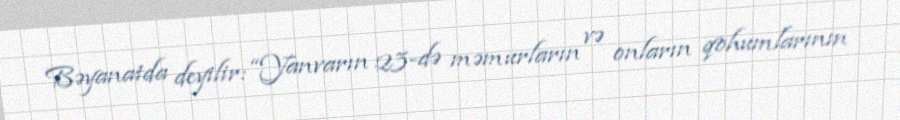
Bəyanatda deyilir: “Yanvarın 23-də məmurların və onların qohumlarının